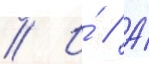
// И́ // А́